38_143685_box_Incident_Summaries_173-233
Agency: Department of War
Page 35
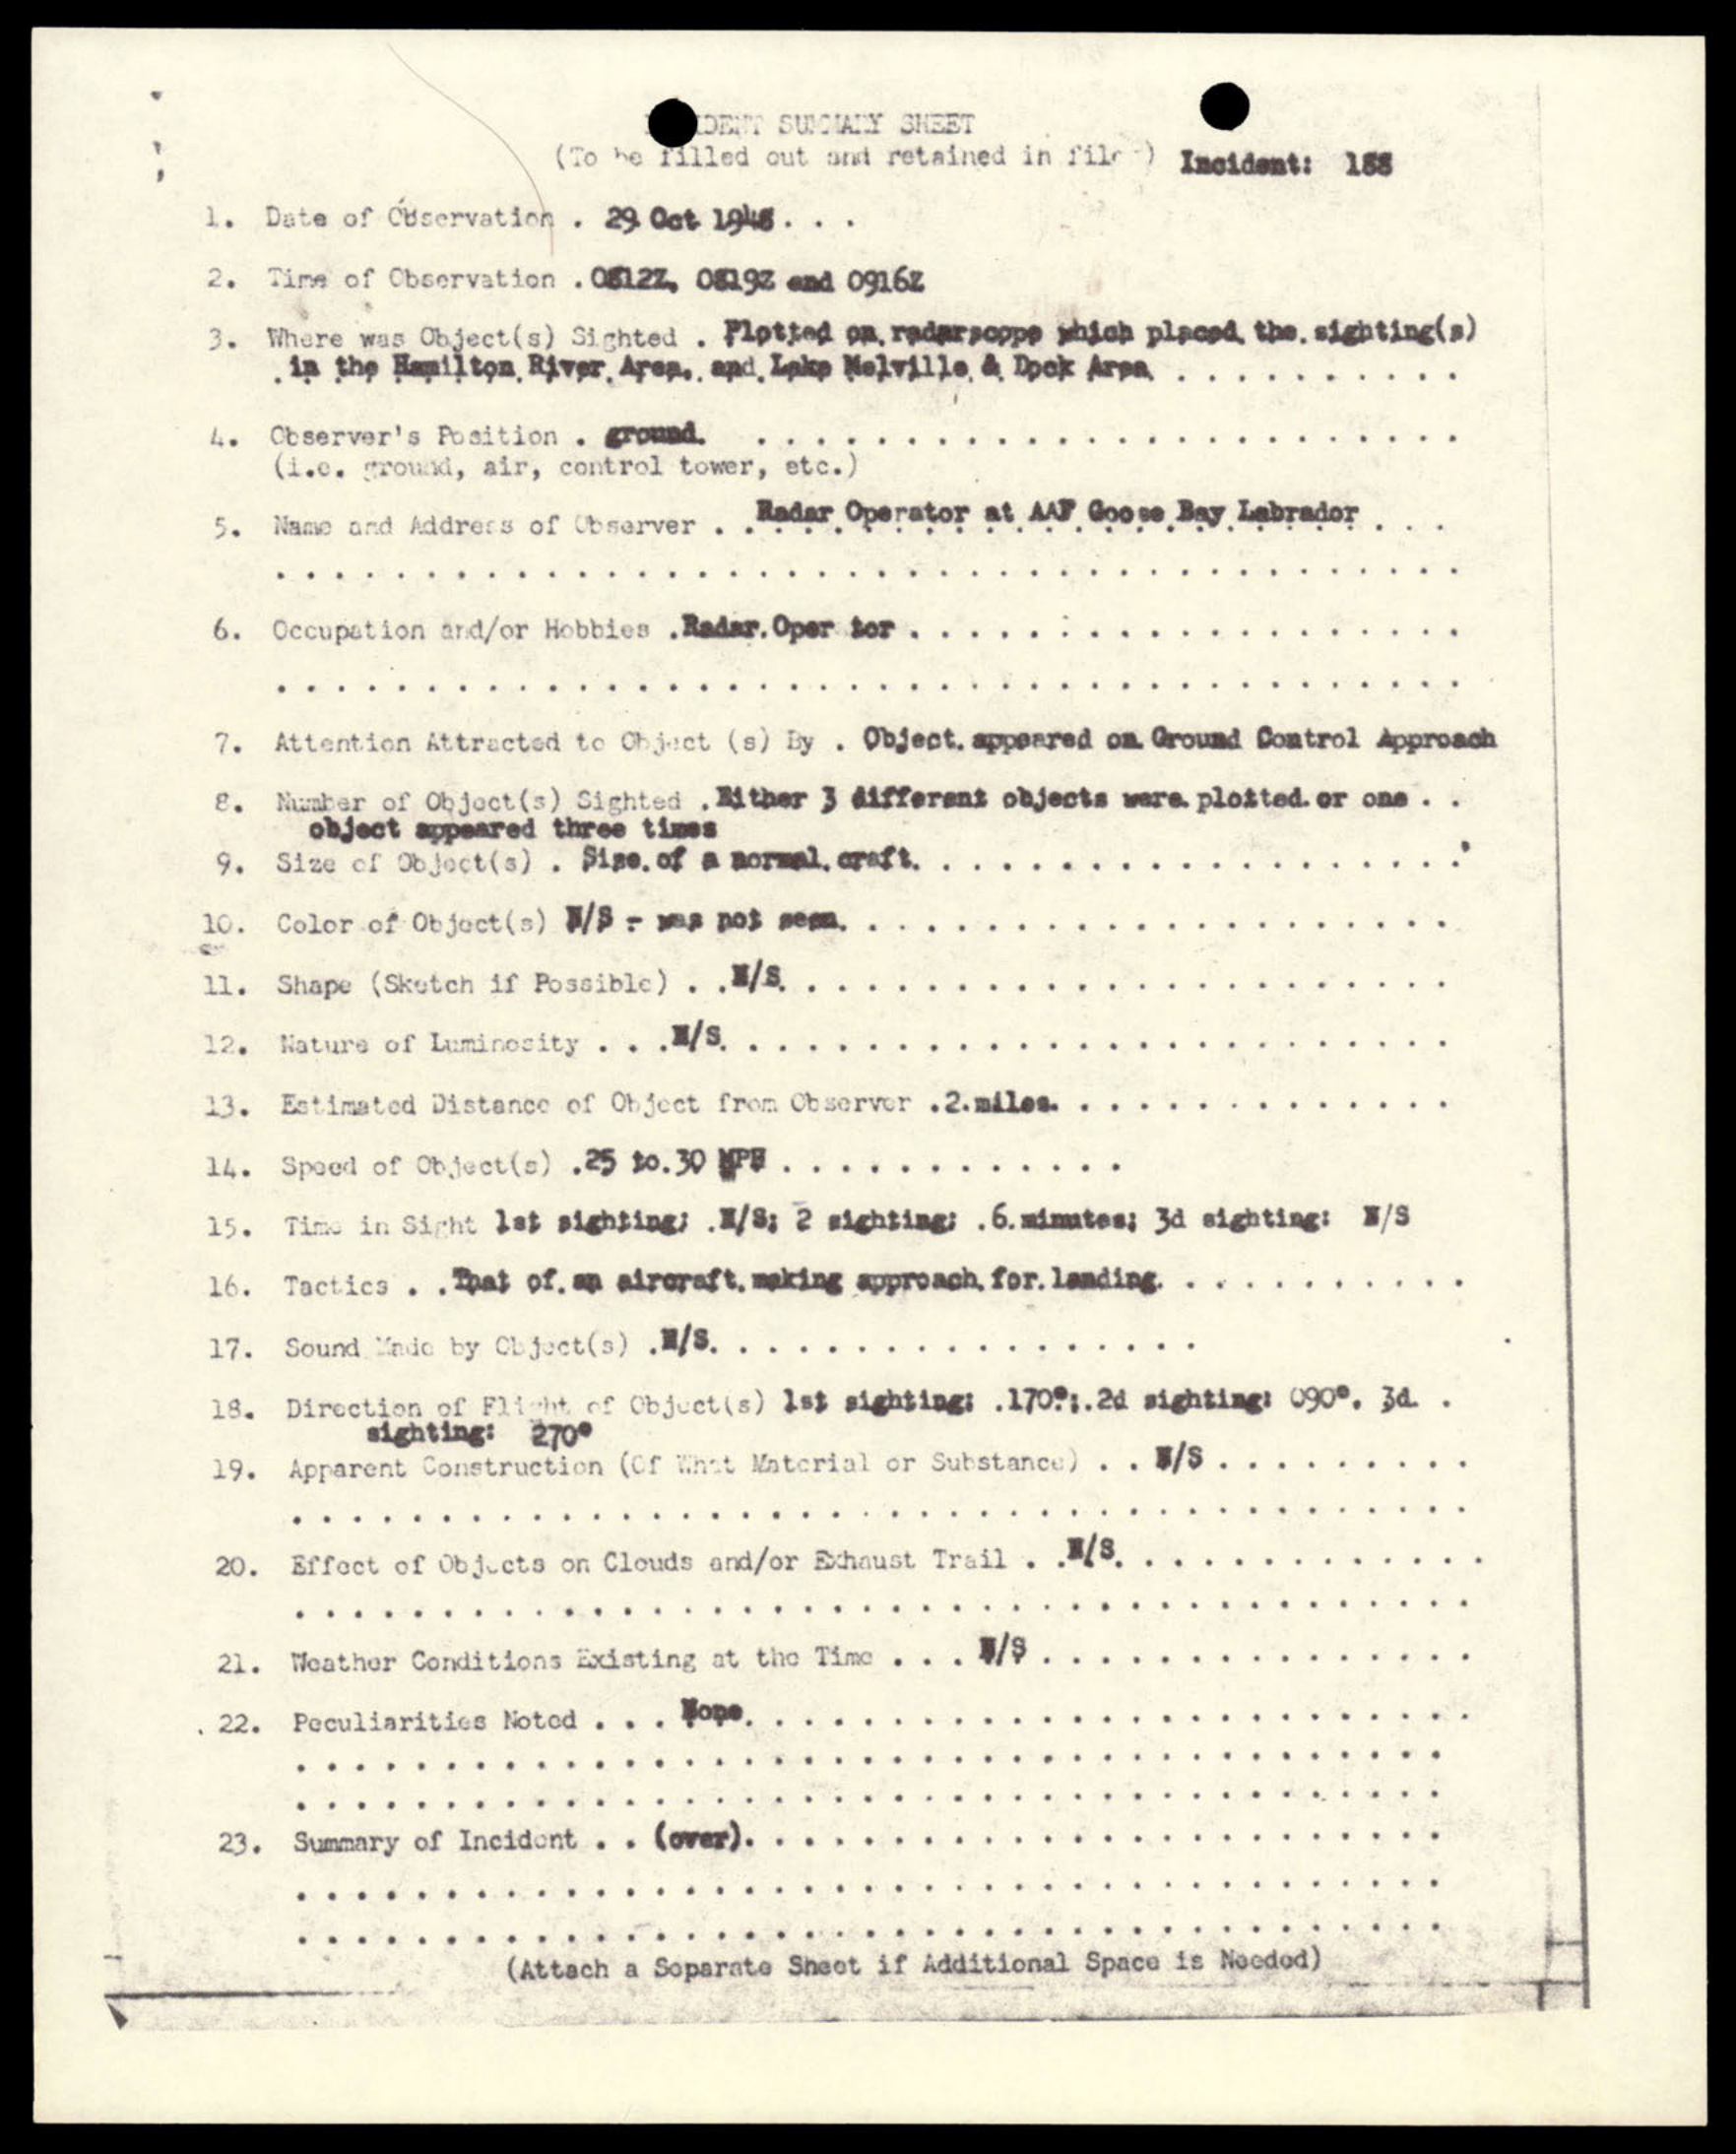